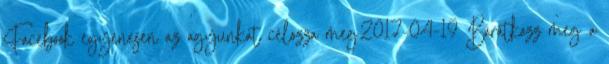
Facebook egyenesen az agyunkat célozza meg2017-04-19 Barátkozz meg a